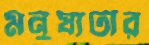
মনুষ্যটার